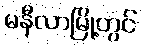
မနီလာမြို့တွင်